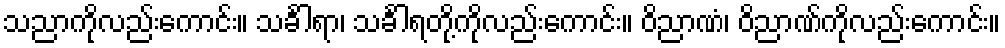
သညာကိုလည်းကောင်း။ သင်္ခါရာ၊ သင်္ခါရတို့ကိုလည်းကောင်း။ ဝိညာဏံ၊ ဝိညာဏ်ကိုလည်းကောင်း။